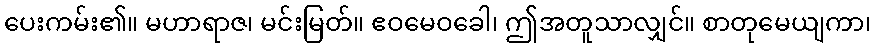
ပေးကမ်း၏။ မဟာရာဇ၊ မင်းမြတ်။ ဧဝမေဝခေါ၊ ဤအတူသာလျှင်။ စာတုမေယျကာ၊